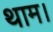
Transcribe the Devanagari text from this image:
थाम।